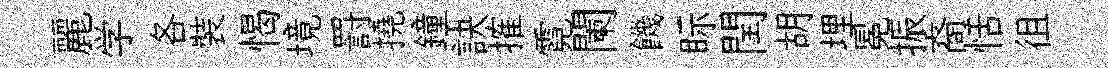
麗学各裝愒境罸撓鐘訣搉霓闌饑眎閏胡埋冕振裔恬徂